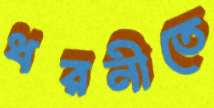
ধরনীতে